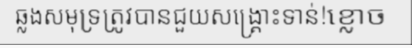
ឆ្លងសមុទ្រត្រូវបានជួយសង្គ្រោះទាន់!ខ្លោច